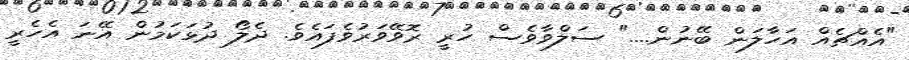
"އެއްޗެއް އަހާލަން ބޭނުން...." ސަލްވާވެސް ހުރީ ރޮވޭވަރުވެފައެވެ. ދެލޯ ދުޅަކަމުން އޭނަ އެހެރީ